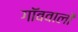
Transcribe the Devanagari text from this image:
गॉववालों